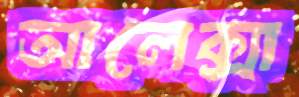
আলেক্সা